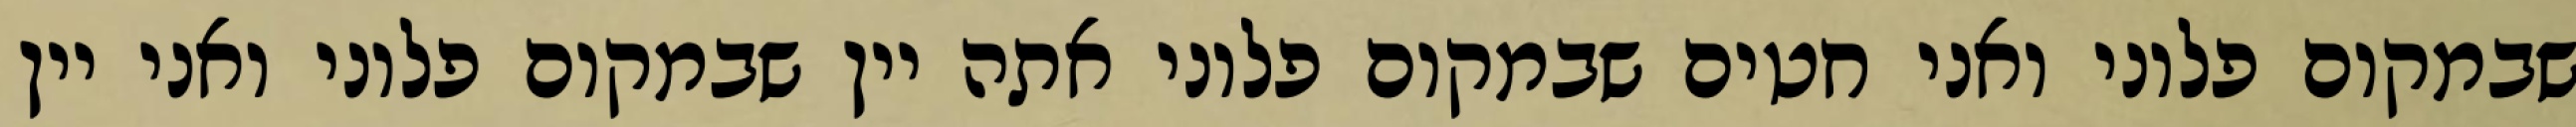
שבמקום פלוני ואני חטים שבמקום פלוני אתה יין שבמקום פלוני ואני יין